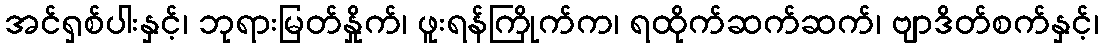
အင်ရှစ်ပါးနှင့်၊ ဘုရားမြတ်နှိုက်၊ ဖူးရန်ကြိုက်က၊ ရထိုက်ဆက်ဆက်၊ ဗျာဒိတ်စက်နှင့်၊